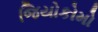
જિયોકોમો